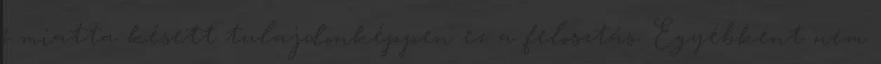
ő miatta késett tulajdonképpen ez a felosztás. Egyébként nem